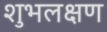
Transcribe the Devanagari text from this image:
शुभलक्षण